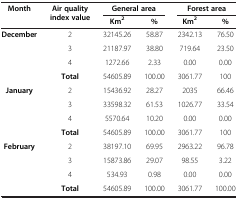
<table><thead><tr><td><b>Month</b></td><td><b>Air quality index value</b></td><td colspan="2"><b>General area</b></td><td colspan="2"><b>Forest area</b></td></tr><tr><td><b> </b></td><td><b> </b></td><td><b>Km<sup>2</sup></b></td><td><b>%</b></td><td><b>Km<sup>2</sup></b></td><td><b>%</b></td></tr></thead><tbody><tr><td rowspan="4"><b>December</b></td><td>2</td><td>32145.26</td><td>58.87</td><td>2342.13</td><td>76.50</td></tr><tr><td>3</td><td>21187.97</td><td>38.80</td><td>719.64</td><td>23.50</td></tr><tr><td>4</td><td>1272.66</td><td>2.33</td><td>0.00</td><td>0.00</td></tr><tr><td><b>Total</b></td><td>54605.89</td><td>100.00</td><td>3061.77</td><td>100</td></tr><tr><td rowspan="4"><b>January</b></td><td>2</td><td>15436.92</td><td>28.27</td><td>2035</td><td>66.46</td></tr><tr><td>3</td><td>33598.32</td><td>61.53</td><td>1026.77</td><td>33.54</td></tr><tr><td>4</td><td>5570.64</td><td>10.20</td><td>0.00</td><td>0.00</td></tr><tr><td><b>Total</b></td><td>54605.89</td><td>100.00</td><td>3061.77</td><td>100</td></tr><tr><td rowspan="3"><b>February</b></td><td>2</td><td>38197.10</td><td>69.95</td><td>2963.22</td><td>96.78</td></tr><tr><td>3</td><td>15873.86</td><td>29.07</td><td>98.55</td><td>3.22</td></tr><tr><td>4</td><td>534.93</td><td>0.98</td><td>0.00</td><td>0.00</td></tr><tr><td> </td><td><b>Total</b></td><td>54605.89</td><td>100.00</td><td>3061.77</td><td>100.00</td></tr></tbody></table>